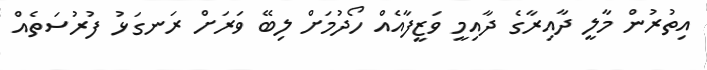
އިތުރުން މާލީ ދާއިރާގެ ދާއިމީ ވަޒީފާއެއް ހޯދުމަށް ލިބޭ ވަރަށް ރަނގަޅު ފުރުސަތެއް